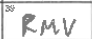
Transcription: RMV